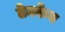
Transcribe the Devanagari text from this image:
टेक्केन